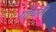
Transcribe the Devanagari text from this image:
गौचरी